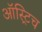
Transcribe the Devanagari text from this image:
ऑस्ट्रिच